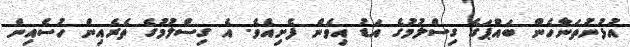
އުޅުނުތަނާހެން ބައްޕަގެ ގިސްލުމުގެ އަޑު އިވެން ފެށިއެވެ. އެ ގިސްލުމުގެ ތެރެއިން ހުސެއިން